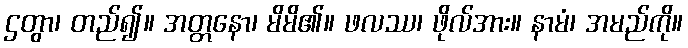
ဌတွာ၊ တည်၍။ အတ္တနော၊ မိမိ၏။ ဖလဿ၊ ဖိုလ်အား။ နာမံ၊ အမည်ကို။